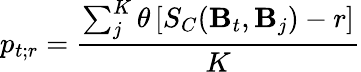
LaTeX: p_{t;r}=\frac{\sum_{j}^{K}\theta\left[S_{C}(\textbf{B}_{t},\textbf{B}_{j})-r\right]}{K}